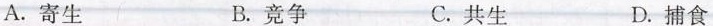
A.寄生 B.竞争 C.共生 D.捕食